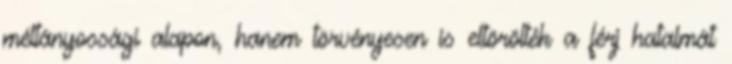
méltányossági alapon, hanem törvényesen is eltörölték a férj hatalmát